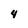
Character: 4